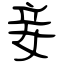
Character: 妾